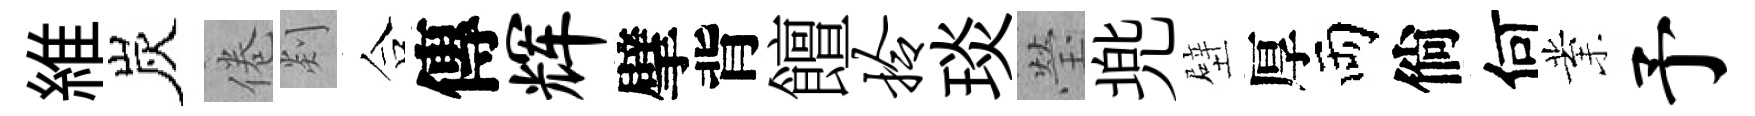
維炭倦剡合傳辉擘背饘拎琰瑩兠壁厚両倘何業予